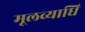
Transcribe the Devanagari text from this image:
मूलव्याधि